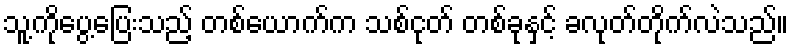
သူ့ကိုပွေ့ပြေးသည့် တစ်ယောက်က သစ်ငုတ် တစ်ခုနှင့် ခလုတ်တိုက်လဲသည်။